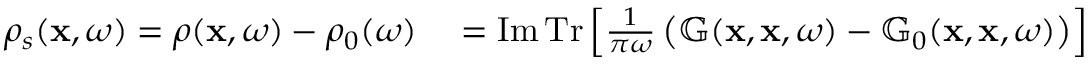
\begin{array} { r l } { \rho _ { s } ( \mathbf { x } , \omega ) = \rho ( \mathbf { x } , \omega ) - \rho _ { 0 } ( \omega ) } & { { } = \operatorname { I m } \operatorname { T r } \left[ \frac { 1 } { \pi \omega } \left( \mathbb { G } ( \mathbf { x } , \mathbf { x } , \omega ) - \mathbb { G } _ { 0 } ( \mathbf { x } , \mathbf { x } , \omega ) \right) \right] } \end{array}